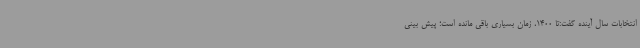
انتخابات سال آینده گفت:تا 1400، زمان بسیاری باقی مانده است؛ پیش بینی